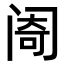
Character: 𬮮